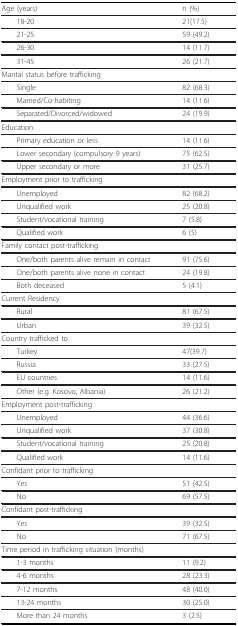
<table><thead><tr><td><b>Age (years)</b></td><td><b>n (%)</b></td></tr></thead><tbody><tr><td> 18-20</td><td>21(17.5)</td></tr><tr><td> 21-25</td><td>59 (49.2)</td></tr><tr><td> 26-30</td><td>14 (11.7)</td></tr><tr><td> 31-45</td><td>26 (21.7)</td></tr><tr><td>Marital status before trafficking</td><td></td></tr><tr><td> Single</td><td>82 (68.3)</td></tr><tr><td> Married/Co-habiting</td><td>14 (11.6)</td></tr><tr><td> Separated/Divorced/widowed</td><td>24 (19.9)</td></tr><tr><td>Education</td><td></td></tr><tr><td> Primary education or less</td><td>14 (11.6)</td></tr><tr><td> Lower secondary (compulsory 9 years)</td><td>75 (62.5)</td></tr><tr><td> Upper secondary or more</td><td>31 (25.7)</td></tr><tr><td>Employment prior to trafficking</td><td></td></tr><tr><td> Unemployed</td><td>82 (68.2)</td></tr><tr><td> Unqualified work</td><td>25 (20.8)</td></tr><tr><td> Student/vocational training</td><td>7 (5.8)</td></tr><tr><td> Qualified work</td><td>6 (5)</td></tr><tr><td>Family contact post-trafficking</td><td></td></tr><tr><td> One/both parents alive remain in contact</td><td>91 (75.6)</td></tr><tr><td> One/both parents alive none in contact</td><td>24 (19.8)</td></tr><tr><td> Both deceased</td><td>5 (4.1)</td></tr><tr><td>Current Residency</td><td></td></tr><tr><td> Rural</td><td>81 (67.5)</td></tr><tr><td> Urban</td><td>39 (32.5)</td></tr><tr><td>Country trafficked to</td><td></td></tr><tr><td> Turkey</td><td>47(39.7)</td></tr><tr><td> Russia</td><td>33 (27.5)</td></tr><tr><td> EU countries</td><td>14 (11.6)</td></tr><tr><td> Other (e.g. Kosovo, Albania)</td><td>26 (21.2)</td></tr><tr><td>Employment post-trafficking</td><td></td></tr><tr><td> Unemployed</td><td>44 (36.6)</td></tr><tr><td> Unqualified work</td><td>37 (30.8)</td></tr><tr><td> Student/vocational training</td><td>25 (20.8)</td></tr><tr><td> Qualified work</td><td>14 (11.6)</td></tr><tr><td>Confidant prior to trafficking</td><td></td></tr><tr><td> Yes</td><td>51 (42.5)</td></tr><tr><td> No</td><td>69 (57.5)</td></tr><tr><td>Confidant post-trafficking</td><td></td></tr><tr><td> Yes</td><td>39 (32.5)</td></tr><tr><td> No</td><td>71 (67.5)</td></tr><tr><td>Time period in trafficking situation (months)</td><td></td></tr><tr><td> 1-3 months</td><td>11 (9.2)</td></tr><tr><td> 4-6 months</td><td>28 (23.3)</td></tr><tr><td> 7-12 months</td><td>48 (40.0)</td></tr><tr><td> 13-24 months</td><td>30 (25.0)</td></tr><tr><td> More than 24 months</td><td>3 (2.5)</td></tr></tbody></table>